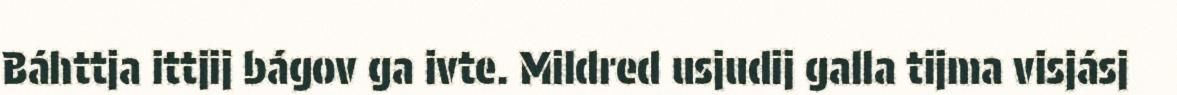
Báhttja ittjij bágov ga ivte. Mildred usjudij galla tijma visjásj